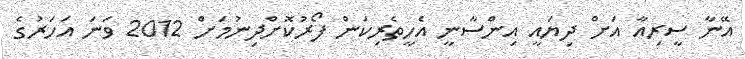
އޭނާ ސީރިއާ އަށް ދިޔައީ އިންސާނީ އެހީތެރިކަން ފޯރުކޮށްދިނުމަށް 2012 ވަނަ އަހަރުގެ